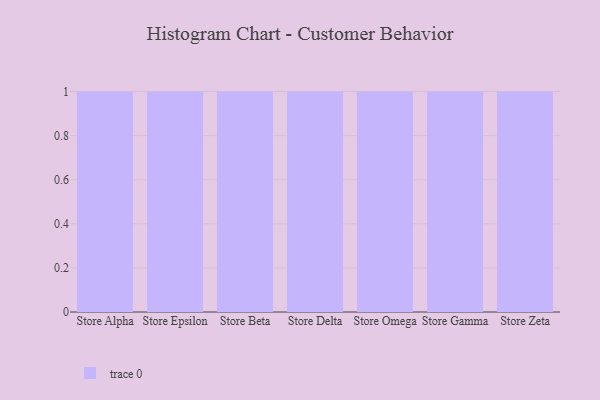
{"axis": {"x": "Store", "y": "Revenue (USD Million)"}, "legend": [""], "data": [{"x": "Store Alpha", "y": 46, "type": ""}, {"x": "Store Epsilon", "y": 26, "type": ""}, {"x": "Store Beta", "y": 22, "type": ""}, {"x": "Store Delta", "y": 34, "type": ""}, {"x": "Store Omega", "y": 67, "type": ""}, {"x": "Store Gamma", "y": 37, "type": ""}, {"x": "Store Zeta", "y": 48, "type": ""}]}